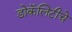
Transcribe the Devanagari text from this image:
डोकॅलिटीचे